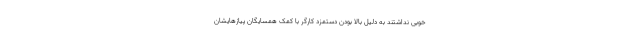
خوبی نداشتند به دلیل بالا بودن دستمزد کارگر با کمک همسایگان پیازهایشان